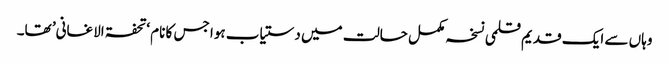
وہاں سے ایک قدیم قلمی نسخہ مکمل حالت میں دستیاب ہوا جس کا نام ‘تحفۃ الاغانی’ تھا۔